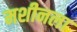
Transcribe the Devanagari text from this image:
मशीनला